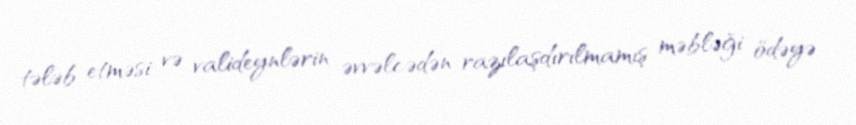
tələb etməsi və valideynlərin əvvəlcədən razılaşdırılmamış məbləği ödəyə